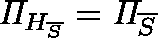
\mathit { \Pi } _ { H _ { \overline { { S } } } } = \mathit { \Pi } _ { \overline { { S } } }